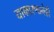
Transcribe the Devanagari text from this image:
याकारणानेही